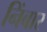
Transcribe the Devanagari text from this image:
निंबार